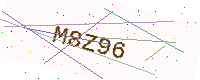
Text: M8Z96